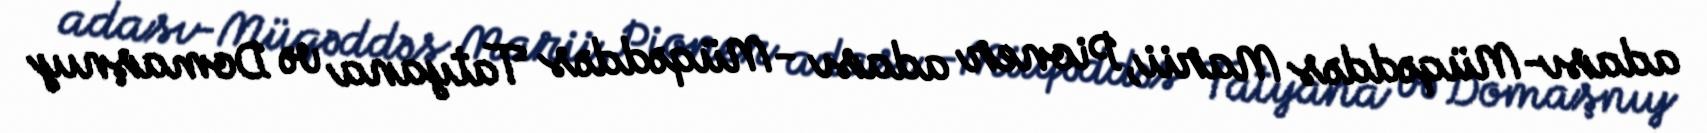
adası-Müqəddəs Marii, Pioner adası -Müqəddəs Tatyana və Domaşnıy